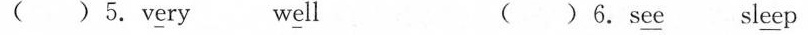
()5.v\underline{e}ry w\underline{e}ll ()6.s\underline{ee} sl\underline{ee}p